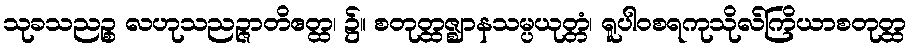
သုခသညဉ္စ လဟုသညဉ္ဇာတိဧတ္ထ၊ ၌။ စတုတ္ထဇ္ဈာနသမ္ပယုတ္တံ၊ ရူပါဝစရကုသိုလ်ကြိယာစတုတ္ထ